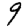
Digit: 9